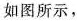
如图所示，